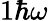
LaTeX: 1\hbar\omega